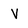
Character: V